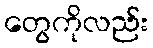
တွေကိုလည်း